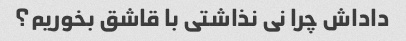
داداش چرا نی نذاشتی با قاشق بخوریم؟